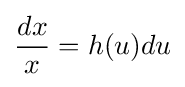
{\frac {dx}{x}}=h(u)du